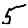
Digit: 5